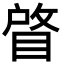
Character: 䁈